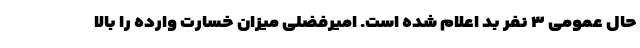
حال عمومی ۳ نفر بد اعلام شده است. امیرفضلی میزان خسارت وارده را بالا